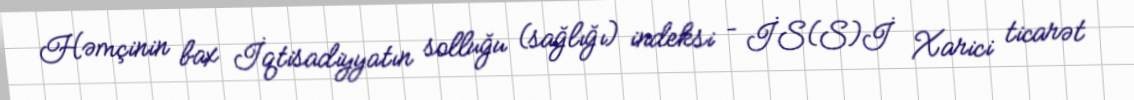
Həmçinin bax İqtisadiyyatın solluğu (sağlığı) indeksi – İS(S)İ Xarici ticarət